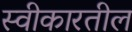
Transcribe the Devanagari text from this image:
स्वीकारतील